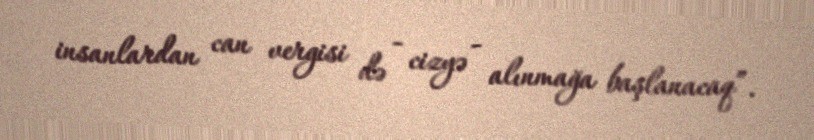
insanlardan can vergisi də - cizyə - alınmağa başlanacaq”.